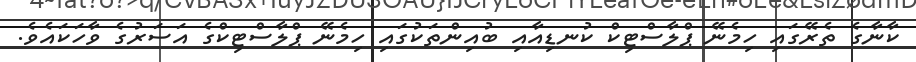
ކާނާގެ ތެރޭގައި ހިމެނޭ ޕްލާސްޓިކް ކުނޑިއާއި ބުއިންތަކުގައި ހިމެނޭ ޕްލާސްޓިކްގެ އަސަރުގެ ވާހަކައެވެ.